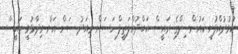
ކުޅުދުއްފުށީ ކައުންސިލްގެ ރައީސް އަބްދުއްލަތީފް ހަސަން މިއަދު ސަން އަށް ވިދާޅުވީ ރައީސް